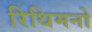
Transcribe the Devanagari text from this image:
रिथिमनो